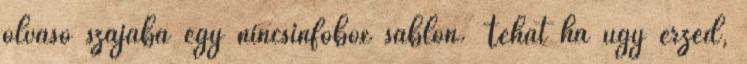
olvasó szájába egy nincsinfobox sablon. Tehát ha úgy érzed,